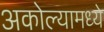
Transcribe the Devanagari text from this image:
अकोल्यामध्ये